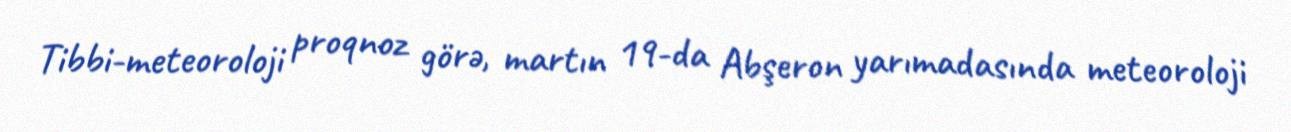
Tibbi-meteoroloji proqnoz görə, martın 19-da Abşeron yarımadasında meteoroloji